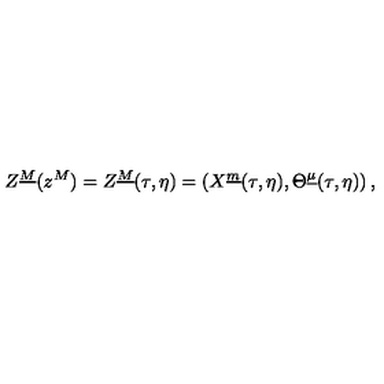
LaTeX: Z ^ { \underline { M } } ( z ^ { M } ) = Z ^ { \underline { M } } ( \tau , \eta ) = \left( X ^ { \underline { m } } ( \tau , \eta ) , \Theta ^ { \underline { \mu } } ( \tau , \eta ) \right) ,